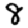
Digit: 8